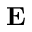
{ \bf E }